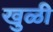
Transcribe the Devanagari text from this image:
खुळी